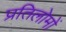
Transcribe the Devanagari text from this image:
प्रतिलोमों